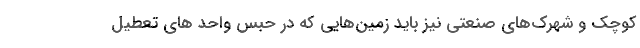
کوچک و شهرک‌های صنعتی نیز باید زمین‌هایی که در حبس واحد های تعطیل